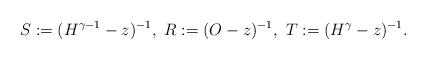
LaTeX: \begin{align*}S:=(H^{\gamma-1}-z)^{-1}, \ R:=(O-z)^{-1}, \ T:=(H^{\gamma}-z)^{-1}.\end{align*}